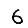
Digit: 6